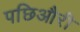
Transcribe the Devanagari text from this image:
पछिऔरी